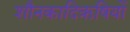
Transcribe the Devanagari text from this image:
शौनकादिऋषियों